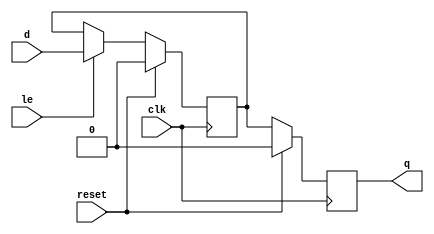
module latched_flip_flop(
    input wire clk,
    input wire reset,
    input wire d,
    input wire le,
    output reg q
);

reg latched_input;

always @(posedge clk) begin
    if (reset) begin
        q <= 1'b0;
    end else begin
        q <= latched_input;
    end
end

always @(posedge clk) begin
    if (reset) begin
        latched_input <= 1'b0;
    end else if (le) begin
        latched_input <= d;
    end
end

endmodule